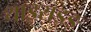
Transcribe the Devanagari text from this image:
थाइराइङ